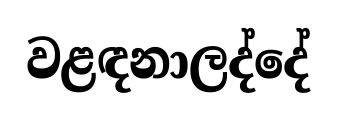
වළඳනාලද්දේ